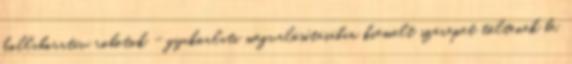
kollaboratív robotok - gyakorlati megvalósításában kiemelt szerepet töltenek be.